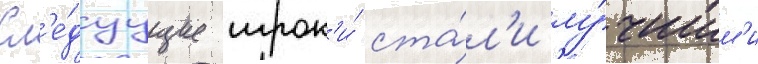
Сл'е́дуущие игрок'и́ ста́л'и лу́чшим'и